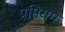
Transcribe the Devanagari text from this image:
प्रमियम